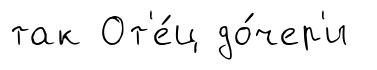
так От'е́ц до́чер'и